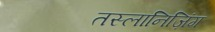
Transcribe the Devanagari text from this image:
तस्लानिज़िंग